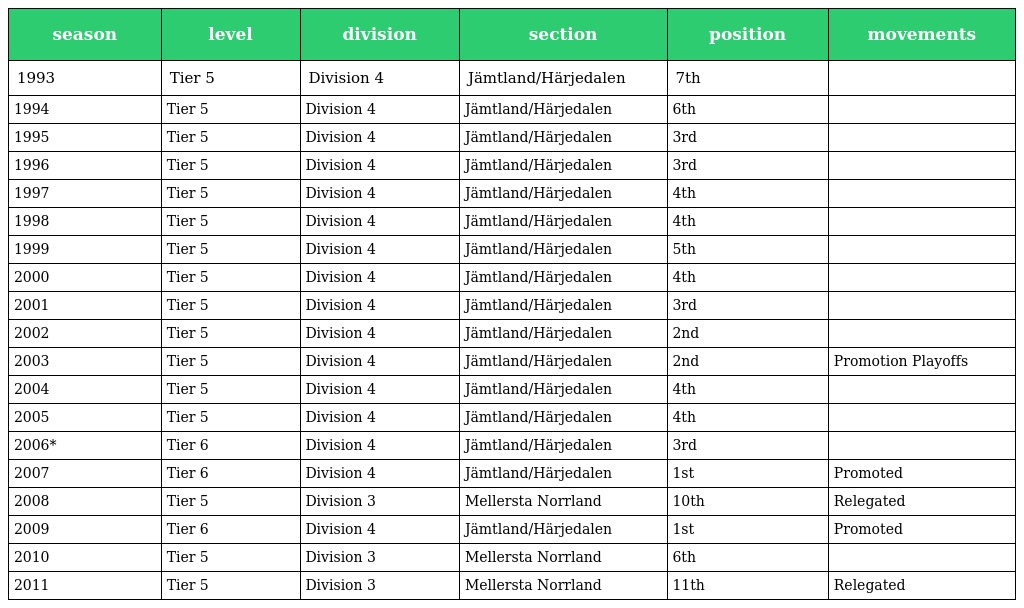
| season | level | division | section | position | movements |
 | --- | --- | --- | --- | --- | --- |
 | 1993 | Tier 5 | Division 4 | Jämtland/Härjedalen | 7th |  |
 | 1994 | Tier 5 | Division 4 | Jämtland/Härjedalen | 6th |  |
 | 1995 | Tier 5 | Division 4 | Jämtland/Härjedalen | 3rd |  |
 | 1996 | Tier 5 | Division 4 | Jämtland/Härjedalen | 3rd |  |
 | 1997 | Tier 5 | Division 4 | Jämtland/Härjedalen | 4th |  |
 | 1998 | Tier 5 | Division 4 | Jämtland/Härjedalen | 4th |  |
 | 1999 | Tier 5 | Division 4 | Jämtland/Härjedalen | 5th |  |
 | 2000 | Tier 5 | Division 4 | Jämtland/Härjedalen | 4th |  |
 | 2001 | Tier 5 | Division 4 | Jämtland/Härjedalen | 3rd |  |
 | 2002 | Tier 5 | Division 4 | Jämtland/Härjedalen | 2nd |  |
 | 2003 | Tier 5 | Division 4 | Jämtland/Härjedalen | 2nd | Promotion Playoffs |
 | 2004 | Tier 5 | Division 4 | Jämtland/Härjedalen | 4th |  |
 | 2005 | Tier 5 | Division 4 | Jämtland/Härjedalen | 4th |  |
 | 2006* | Tier 6 | Division 4 | Jämtland/Härjedalen | 3rd |  |
 | 2007 | Tier 6 | Division 4 | Jämtland/Härjedalen | 1st | Promoted |
 | 2008 | Tier 5 | Division 3 | Mellersta Norrland | 10th | Relegated |
 | 2009 | Tier 6 | Division 4 | Jämtland/Härjedalen | 1st | Promoted |
 | 2010 | Tier 5 | Division 3 | Mellersta Norrland | 6th |  |
 | 2011 | Tier 5 | Division 3 | Mellersta Norrland | 11th | Relegated |